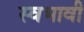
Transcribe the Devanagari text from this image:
स्वभावी